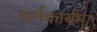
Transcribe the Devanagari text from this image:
धर्मकार्यमां